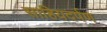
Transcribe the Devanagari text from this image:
साहियदर्पण